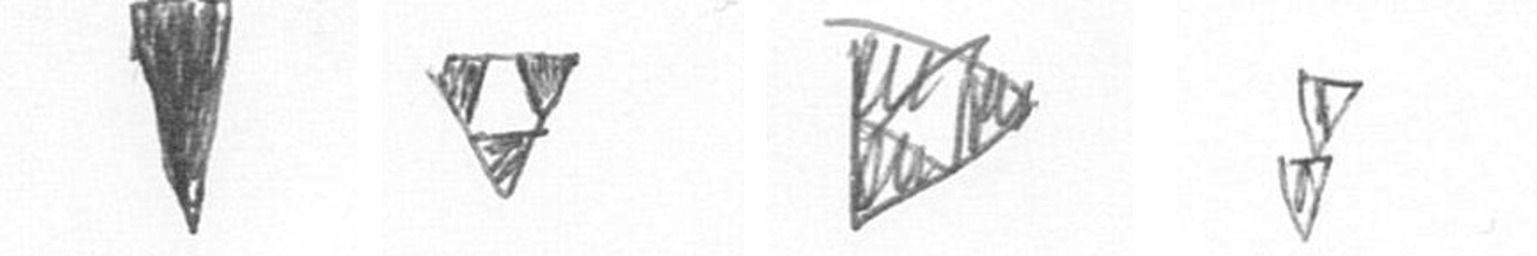
J S K Z